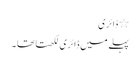
٭ ڈائری
پہلے میں ڈائری لکھتا تھا ۔